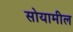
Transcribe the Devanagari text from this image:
सोयामील